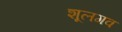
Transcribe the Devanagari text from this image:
शूलगव